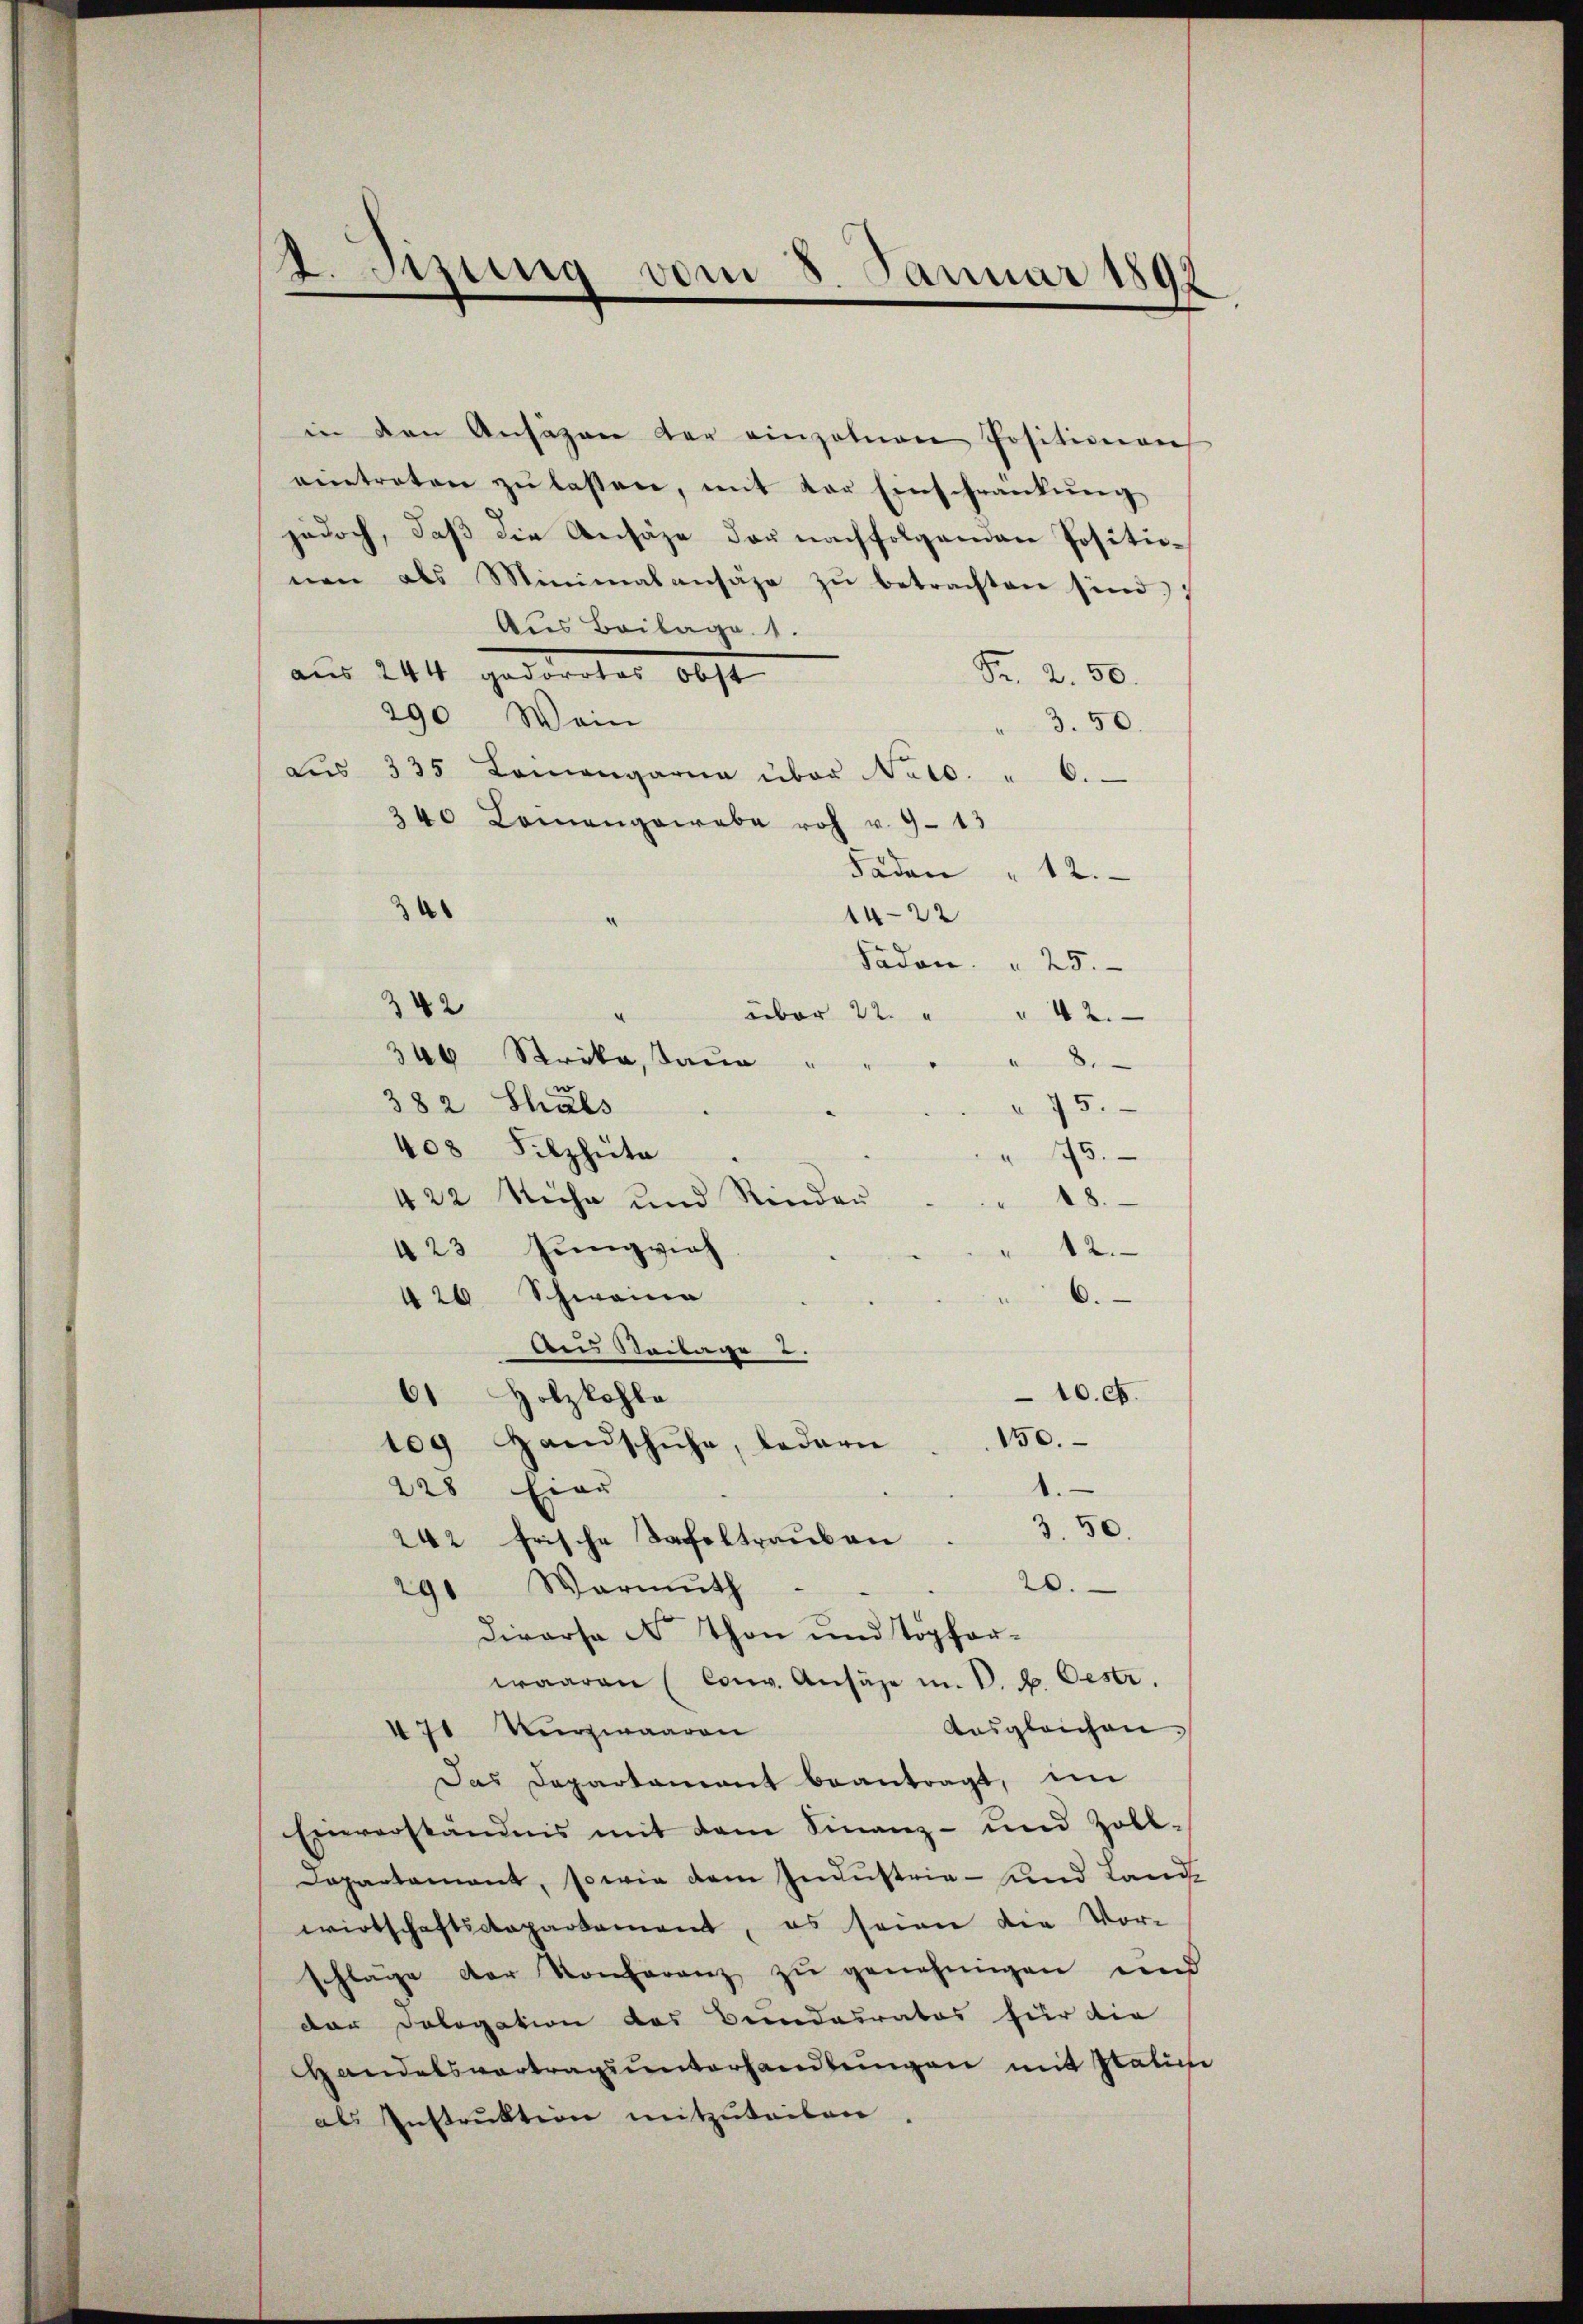
in den Ansäzen der einzelnen Positionen
eintreten zŭ lassen, mit der Einschränkung
jedoch, daß die Ansäze der nachfolgenden Positinen als Minimalansähe zŭ betrachten sind
Aus Beilage. 1.
aus 244 gedörrten
Fr. 2. 50.
290 Wein
3.50.
aus 335 Romangarna über Nato. " 6.
340 Comangewebe roh v. 9. 13
Faden " 12.
340
1422
Fadon " 25.
342
über 22. "
42.
346 Strike, Taun
8.
382 Shäls
75.
408 Filzhuta
75.
422 Stiche und Rinden
28.
423 Jungvieh
12.
426 Schwaina
6.
Aus Saitage u.
61 Holzkohle
10. c.
150.
109 Handschuhe, ledern
228 Eine
3.50.
242 frische Sacheltrauben
20.
291 Warmŭth
Dirarsa N. Thon und Töpferwaaren (Conv. Ansähe u. V. B. Oestr.
Ausgleichen.
471 Kurzwaaren
Das Departament beantragt, i
Einverständnis mit dem Finanz- und Zoll¬
Departament, sowie dem Industria - und Land-
wirtschaftsdepartament, es seien die Vor-
schlage der Konferenz zu genehmigen und
dar Dologation des Beendesrates für die
Handelsvertragsunterhandlungen mit Italine
als Instruktion mitzuteilen.

2. Jung vom 8. Januar 1891